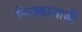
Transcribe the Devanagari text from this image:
मिनकानाडी